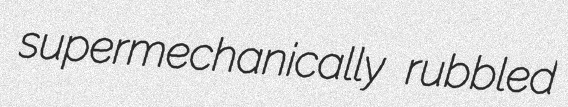
supermechanically rubbled